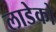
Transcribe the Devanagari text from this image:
लाडेको